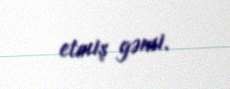
etmiş gəmi.